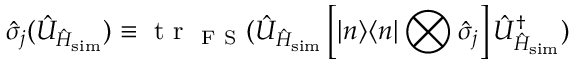
\boldsymbol { \hat { \sigma } } _ { j } ( \hat { U } _ { \hat { H } _ { \mathrm { s i m } } } ) \equiv \mathrm { ~ t ~ r ~ } _ { \mathrm { ~ F ~ S ~ } } ( \hat { U } _ { \hat { H } _ { \mathrm { s i m } } } \left[ | n \rangle \langle n | \bigotimes \hat { \sigma } _ { j } \right] \hat { U } _ { \hat { H } _ { \mathrm { s i m } } } ^ { \dagger } )